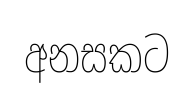
අනසකට